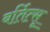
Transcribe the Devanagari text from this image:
बर्तित्सू